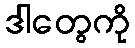
ဒါတွေကို